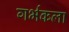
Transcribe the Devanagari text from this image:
गर्भकला